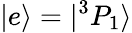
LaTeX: |e\rangle=|^{3}P_{1}\rangle